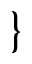
\}